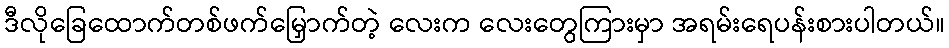
ဒီလိုခြေထောက်တစ်ဖက်မြှောက်တဲ့ လေးက လေးတွေကြားမှာ အရမ်းရေပန်းစားပါတယ်။